Civil Veterinary Dept. Bombay admin report 1914-1922 - 1914-1922
Year: 1914
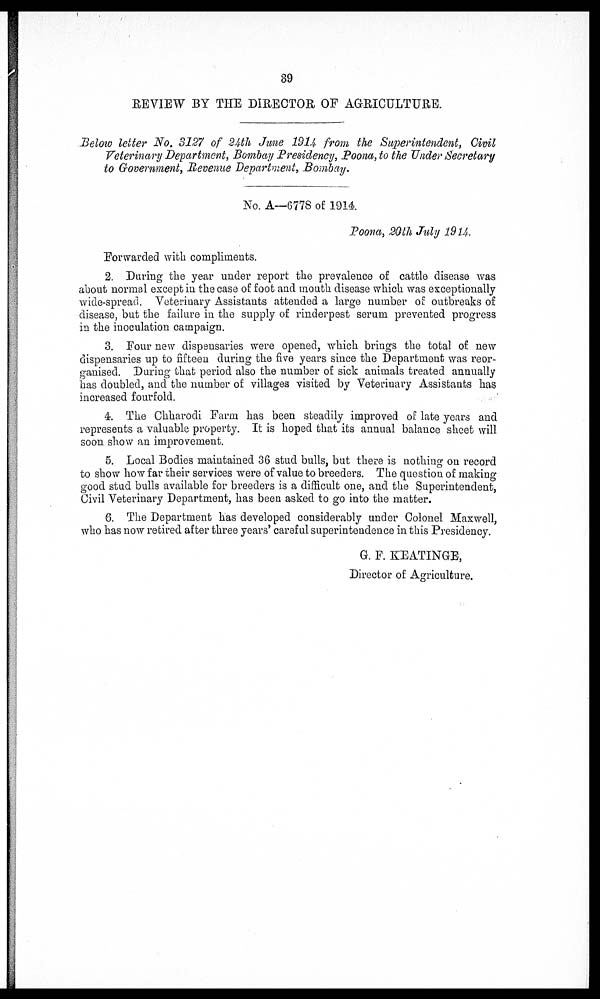
39
REVIEW BY THE DIRECTOR OF AGRICULTURE.
Below letter No. 3127 of 24th June 1914 from the Superintendent, Civil
Veterinary Department, Bombay Presidency, Poona, to the Under Secretary
to Government, Revenue Department, Bombay.
No. A—6778 of 1914
Poona, 20th July 1914.
Forwarded with compliments.
2. During the year under report the prevalence of cattle disease was
about normal except in the case of foot and mouth disease which was exceptionally
wide-spread. Veterinary Assistants attended a large number of outbreaks of
disease, but the failure in the supply of rinderpest serum prevented progress
in the inoculation campaign.
3. Four new dispensaries were opened, which brings the total of new
dispensaries up to fifteen during the five years since the Department was reor-
ganised. During that period also the number of sick animals treated annually
has doubled, and the number of villages visited by Veterinary Assistants has
increased fourfold.
4. The Chharodi Farm has been steadily improved of late years and
represents a valuable property. It is hoped that its annual balance sheet will
soon show an improvement.
5. Local Bodies maintained 36 stud bulls, but there is nothing on record
to show how far their services were of value to breeders. The question of making
good stud bulls available for breeders is a difficult one, and the Superintendent,
Civil Veterinary Department, has been asked to go into the matter.
6. The Department has developed considerably under Colonel Maxwell,
who has now retired after three years' careful superintendence in this Presidency.
G. F. KEATINGE,
Director of Agriculture.